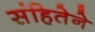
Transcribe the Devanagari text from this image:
संहितेने